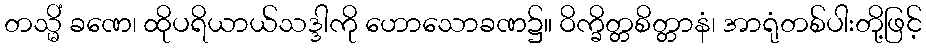
တသ္မိံ ခဏေ၊ ထိုပရိယာယ်သဒ္ဒါကို ဟောသောခဏ၌။ ဝိက္ခိတ္တစိတ္တာနံ၊ အာရုံတစ်ပါးတို့ဖြင့်